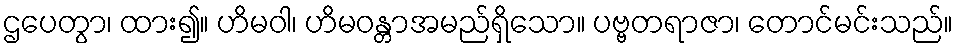
ဌပေတွာ၊ ထား၍။ ဟိမဝါ၊ ဟိမဝန္တာအမည်ရှိသော။ ပဗ္ဗတရာဇာ၊ တောင်မင်းသည်။